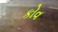
કોવ